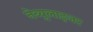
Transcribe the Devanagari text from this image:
नेब्युलाइजर